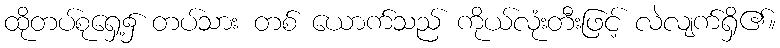
ထိုတပ်စုရှေ့၌ တပ်သား တစ် ယောက်သည် ကိုယ်လုံးတီးဖြင့် လဲလျက်ရှိ၏။